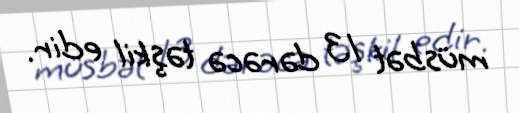
müsbət 13 dərəcə təşkil edir.